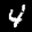
Label: 4